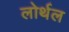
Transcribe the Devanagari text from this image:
लोर्थल